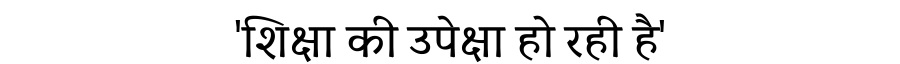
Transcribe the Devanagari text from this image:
'शिक्षा की उपेक्षा हो रही है'